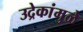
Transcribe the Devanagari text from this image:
उद्रेकांमुळे